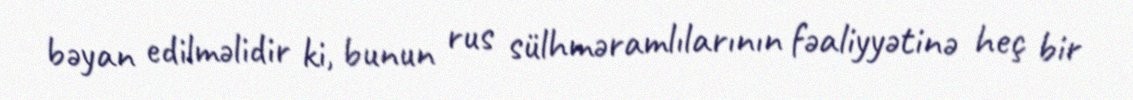
bəyan edilməlidir ki, bunun rus sülhməramlılarının fəaliyyətinə heç bir